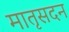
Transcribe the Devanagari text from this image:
मातृसदन